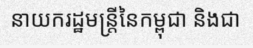
នាយករដ្ឋមន្ត្រីនៃកម្ពុជា និងជា